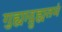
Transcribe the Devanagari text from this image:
गुह्याद्गुह्यतमं